Civil Veterinary Dept. Bombay admin report 1932-41 - 1932-1941
Year: 1932
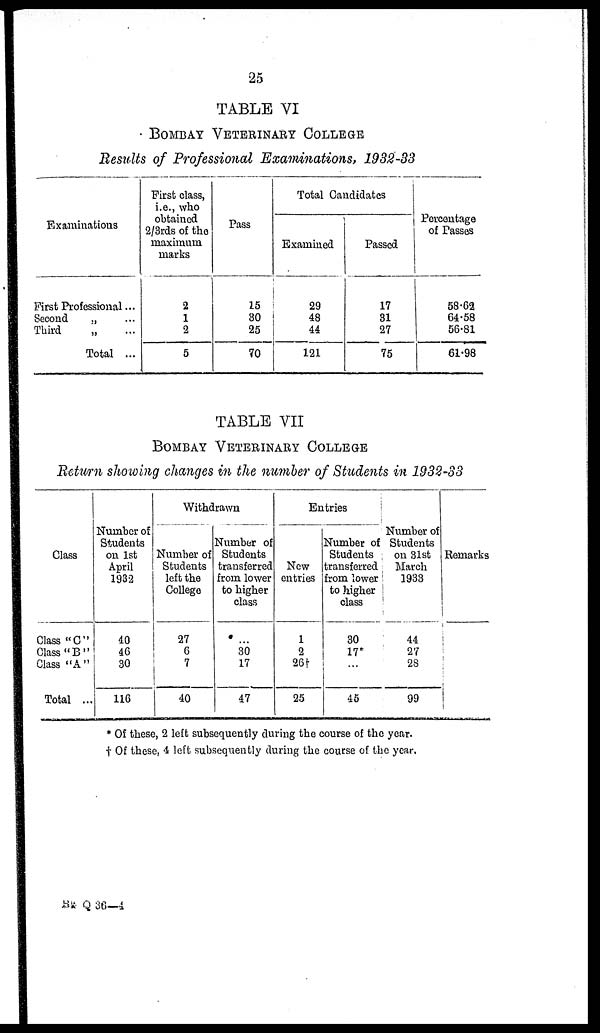
25
TABLE VI
BOMBAY VETERINARY COLLEGE
Results of Professional Examinations, 1932-33
Examinations
First Professional ...
Second „ ...
Third „ ...
Total ...
First class,
i.e., who
obtained
2/3rds of the
maximum
marks
2
1
2
5
Pass
15
80
25
70
Total Candidates
Examined
29
48
44
121
Passed
17
31
27
75
Percentage
of Passes
58.62
64.58
56.81
61.98
TABLE VII
BOMBAY VETERINARY COLLEGE
Return showing changes in the number of Students in 1932-33
Class
Class " C "
Class " B "
Class " A "
Total ...
Number of
Students
on 1st
April
1932
40
46
30
116
Withdrawn
Number of
Students
left the
College
27
6
7
40
Number of
Students
transferred
from lower
to higher
class
…
30
17
47
Entries
New
entries
1
2
26†
25
Number of
Students
transferred
from lower
to higher
class
30
17*
...
45
Number of
Students
on 31st
March
1933
44
27
28
99
Remarks
* Of these, 2 left subsequently during the course of the year,
† Of these, 4 left subsequently during the course of the year,
SR. Q 36—4